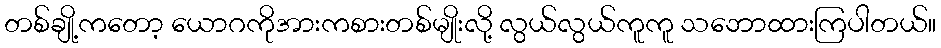
တစ်ချို့ကတော့ ယောဂကိုအားကစားတစ်မျိုးလို့ လွယ်လွယ်ကူကူ သဘောထားကြပါတယ်။